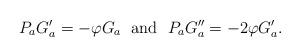
LaTeX: \begin{align*} P_a G_a' = - \varphi G_a \; \hbox{ and } \; P_a G_a'' = -2 \varphi G_a'. \end{align*}